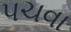
પચવા